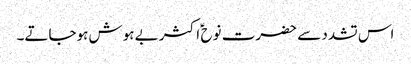
اس تشدد سے حضرت نوح ؑ اکثر بے ہوش ہوجاتے۔